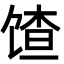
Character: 馇